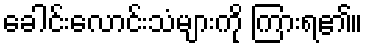
ခေါင်းလောင်းသံများကို ကြားရ၏။